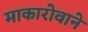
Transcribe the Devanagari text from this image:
माकारोवाने